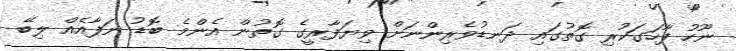
ނޫހު ފާހަގަކުރި ގޮތުގައި ދަނޑުވެރިންނަށް ވިޔަފާރީގެ ގޮތުން އެންމެ ބޮޑު ނަފާއެއް ލިބޭ